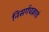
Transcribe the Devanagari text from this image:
निसर्गचक्राचे